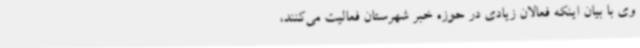
وی با بیان اینکه فعالان زیادی در حوزه خبر شهرستان فعالیت می‌کنند،